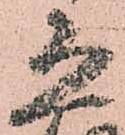
恐